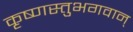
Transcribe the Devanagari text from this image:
कृष्णस्तुभगवान्